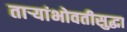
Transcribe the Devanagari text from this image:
ताऱ्यांभोवतीसुद्धा